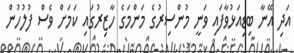
އަދި އޭނާ ބިޑިއަޅުވާފައި ވަނީ މުންސިރުގެ މަންމަގެ ހާޒިރުގައި ކަމަށް ވެސް ފުލުހުން